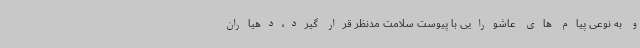
و به نوعی پیام های عاشورایی با پیوست سلامت مدنظر قرار گیرد،دهیاران